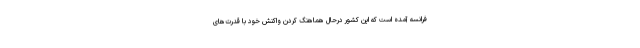
فرانسه آمده است که این کشور درحال هماهنگ کردن واکنش خود با قدرت‌های